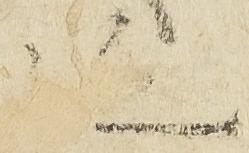
位